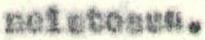
neistossa.